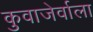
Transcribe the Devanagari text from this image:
कुवाजेर्वाला